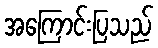
အကြောင်းပြသည်